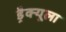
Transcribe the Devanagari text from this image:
ड्रैक्यूला